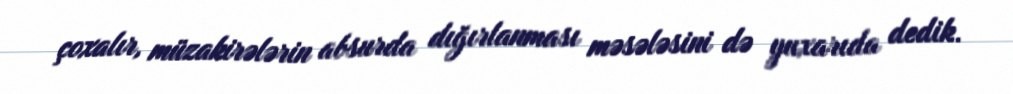
çoxalır, müzakirələrin absurda dığırlanması məsələsini də yuxarıda dedik.